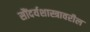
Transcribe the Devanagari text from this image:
सौंदर्यशास्त्रावरील